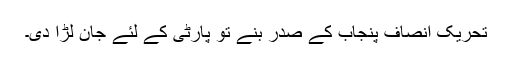
تحریک انصاف پنجاب کے صدر بنے تو پارٹی کے لئے جان لڑا دی۔